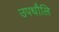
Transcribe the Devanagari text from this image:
उपधौलि